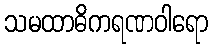
သမထာဓိကရဏဝါရော